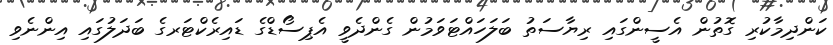
ކަންދިމާކުރި ގޮތުން އެސީންގައި ރިޔާސަތު ބަލަހައްޓަވަމުން ގެންދެވީ އެޕިސޯޑްގެ ޑައިރެކްޓަރގެ ބަދަލުގައި އިންނެވި